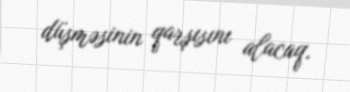
düşməsinin qarşısını alacaq.